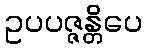
ဥပပဇ္ဇန္တိပေ